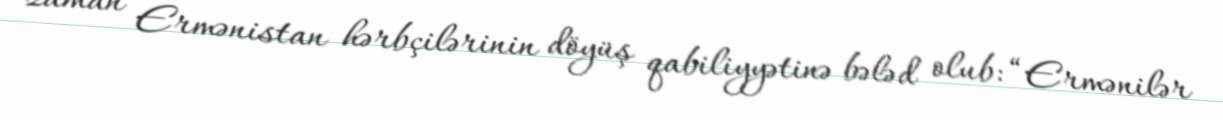
zaman Ermənistan hərbçilərinin döyüş qabiliyyətinə bələd olub: “Ermənilər